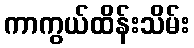
ကာကွယ်ထိန်းသိမ်း